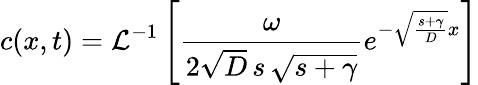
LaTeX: c(x,t)=\mathcal{L}^{-1}\left[\frac{\omega}{2\sqrt{D}\, s\, \sqrt{s+\gamma}}e^{-\sqrt{\frac{s+\gamma}{D}}x}\right]